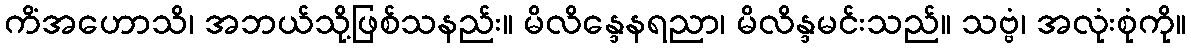
ကိံအဟောသိ၊ အဘယ်သို့ဖြစ်သနည်း။ မိလိန္ဒေနရညာ၊ မိလိန္ဒမင်းသည်။ သဗ္ဗံ၊ အလုံးစုံကို။